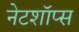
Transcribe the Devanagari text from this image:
नेटशॉप्स